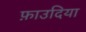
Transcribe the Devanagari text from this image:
फ़ाउदिया